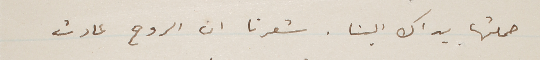
حملتها يداك الينا. شعرنا ان الروح عادت